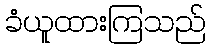
ခံယူထားကြသည်